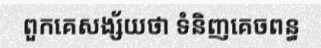
ពួកគេសង្ស័យថា ទំនិញគេចពន្ធ